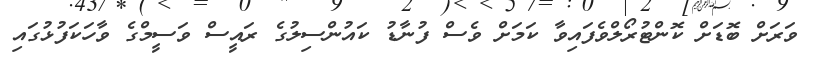
ވަރަށް ބޮޑަށް ކޮންޓުރޯލްވެފައިވާ ކަމަށް ވެސް ފުނާޑު ކައުންސިލުގެ ރައީސް ވަސީމްގެ ވާހަކަފުޅުގައި